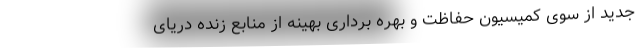
جدید از سوی کمیسیون حفاظت و بهره برداری بهینه از منابع زنده دریای